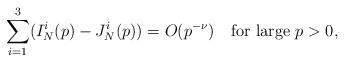
LaTeX: \begin{align*}\sum_{i=1}^3(I_N^i(p)-J_N^i(p))=O(p^{-\nu})\quad\mbox{for large } p>0,\end{align*}